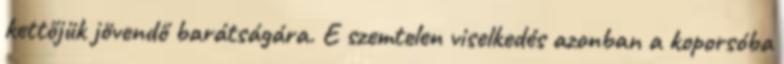
kettőjük jövendő barátságára. E szemtelen viselkedés azonban a koporsóba